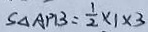
S _ { \Delta A P B } = \frac { 1 } { 2 } \times 1 \times 3